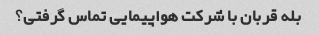
بله قربان با شرکت هواپیمایی تماس گرفتی؟